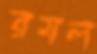
রমল